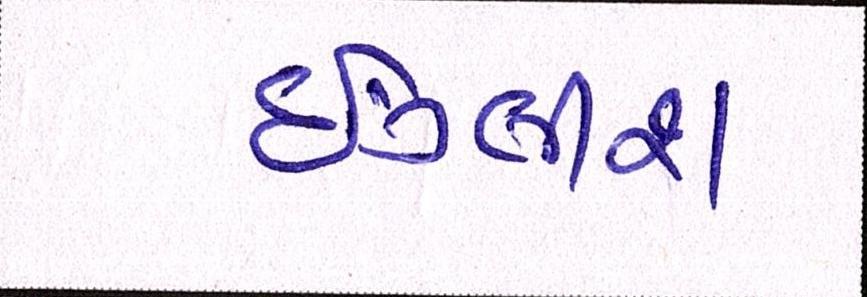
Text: ઇંગ્લીશ